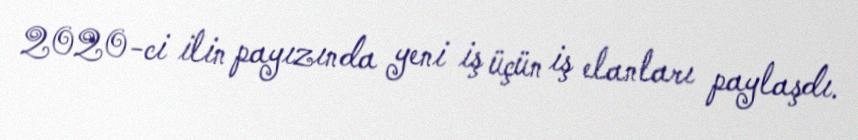
2020-ci ilin payızında yeni iş üçün iş elanları paylaşdı.